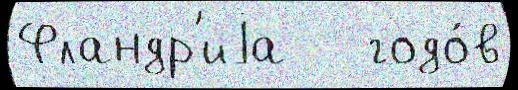
Фландр'иjа   годо́в